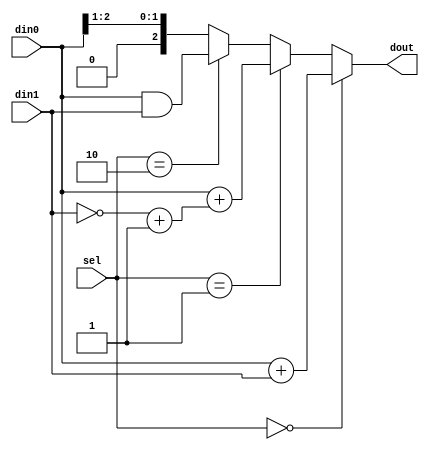
module hw_always(
    din0,
    din1,
    sel,
    dout
);

input [2:0] din0;
input [2:0] din1;
input [1:0] sel;

output reg [2:0] dout;

always @(sel) begin
    if (sel == 2'b00) begin
        dout = din0 + din1;
    end

    else if (sel == 2'b01) begin
        dout = din0 + (~din1 + 3'b001);
    end

    else if (sel == 2'b10) begin
        dout = din0 & din1;
    end

    else begin // sel = 2'b11
        dout = {1'b0, din0[2:1]};
    end 
end

endmodule